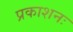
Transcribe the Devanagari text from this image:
प्रकाशनः